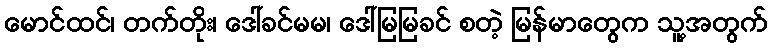
မောင်ထင်၊ တက်တိုး၊ ဒေါ်ခင်မမ၊ ဒေါ်မြမြခင် စတဲ့ မြန်မာတွေက သူ့အတွက်